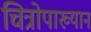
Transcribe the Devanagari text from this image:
चित्रोपाख्यान